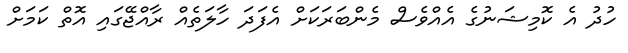
ހުދު އެ ކޮމިޝަނުގެ އެއްވެސް މެންބަރަކަށް އެފަދަ ހާލަތެއް ރާއްޖޭގައި އޮތް ކަމަށް